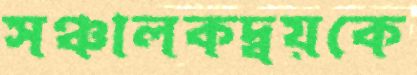
সঞ্চালকদ্বয়কে